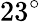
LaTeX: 23^{\circ}